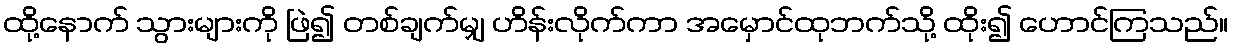
ထို့နောက် သွားများကို ဖြဲ၍ တစ်ချက်မျှ ဟိန်းလိုက်ကာ အမှောင်ထုဘက်သို့ ထိုး၍ ဟောင်ကြသည်။